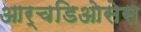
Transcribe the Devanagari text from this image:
आर्चडिओसेस